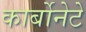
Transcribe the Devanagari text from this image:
कार्बोनेटे